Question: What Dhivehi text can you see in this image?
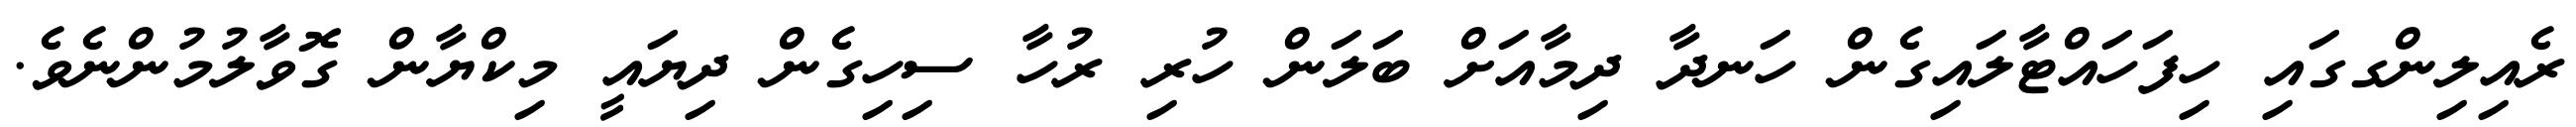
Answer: ރެއިލިންގގައި ހިފަހައްޓާލައިގެން ހަނދާ ދިމާއަށް ބަލަން ހުރި ރުހާ ސިހިގެން ދިޔައީ މިކްޔާން ގޮވާލުމުންނެވެ.